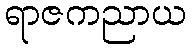
ရာဇကညာယ